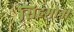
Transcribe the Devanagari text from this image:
सिहमोनी